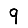
Digit: 9